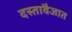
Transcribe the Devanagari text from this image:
दस्तावैजात